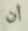
أن